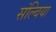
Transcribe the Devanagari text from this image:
संल्विया